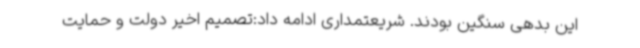
این بدهی سنگین بودند. شریعتمداری ادامه داد:تصمیم اخیر دولت و حمایت